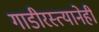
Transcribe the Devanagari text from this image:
गाडीरस्त्यानेही